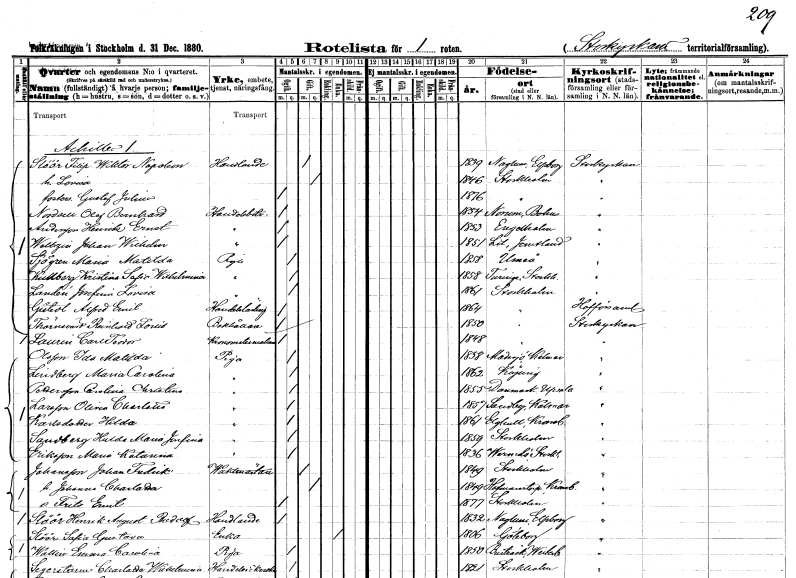
gt_parse: households: individuals: FN: Filip Wiktor Napoleon
EN: Slöör
YRKE: Handlande
KON: M
CIV: G
FODAR: 1839
FODFORS: Naglum Älvsborgs län
FN: Lovisa
KON: K
CIV: G
FODAR: 1846
FODFORS: Stockholm
FN: Gustaf Julius
KON: M
CIV: O
FODAR: 1876
FODFORS: Stockholm
FN: Olof Bernhard
EN: Nordsell
YRKE: Handelsbiträde
KON: M
CIV: O
FODAR: 1854
FODFORS: Norum Göteborgs- och Bohuslän
FN: Henrik Ernst
EN: Andersson
YRKE: Handelsbiträde
KON: M
CIV: O
FODAR: 1853
FODFORS: Ängelholm Kristianstads län
FN: Johan Wilhelm
EN: Weltzin
YRKE: Handelsbiträde
KON: M
CIV: O
FODAR: 1851
FODFORS: Lit Jämtlands län
FN: Maria Matilda
EN: Sjögren
YRKE: Piga
KON: K
CIV: O
FODAR: 1858
FODFORS: Umeå Västerbottens län
FN: Kristina Sofia Wilhelmina
EN: Kullberg
YRKE: Piga
KON: K
CIV: O
FODAR: 1858
FODFORS: Turinge Stockholms län
FN: Josefina Lovisa
EN: Landén
YRKE: Piga
KON: K
CIV: O
FODAR: 1861
FODFORS: Stockholm
FN: Alfred Emil
EN: Gistedt
YRKE: Handelslärling
KON: M
CIV: O
FODAR: 1864
FODFORS: Stockholm
FN: Reinhold Louis
EN: Thörnsvärd
YRKE: Bokhållare
KON: M
CIV: O
FODAR: 1850
FODFORS: Stockholm
FN: Carl Teodor
EN: Laurin
YRKE: Kronometermakare
KON: M
CIV: O
FODAR: 1848
FODFORS: Stockholm
FN: Ida Matilda
EN: Olsson
YRKE: Piga
KON: K
CIV: O
FODAR: 1858
FODFORS: Madesjö Kalmar län
FN: Maria Carolina
EN: Lindberg
YRKE: Piga
KON: K
CIV: O
FODAR: 1862
FODFORS: Köping Västmanlands län
FN: Carolina Christina
EN: Pettersson
YRKE: Piga
KON: K
CIV: O
FODAR: 1855
FODFORS: Danmark Uppsala län
FN: Olivia Charlotta
EN: Larsson
YRKE: Piga
KON: K
CIV: O
FODAR: 1857
FODFORS: Sandby Kalmar län
FN: Hilda
EN: Karlsdotter
YRKE: Piga
KON: K
CIV: O
FODAR: 1861
FODFORS: Älghult Kronobergs län
FN: Hulda Maria Josefina
EN: Sandberg
YRKE: Piga
KON: K
CIV: O
FODAR: 1859
FODFORS: Stockholm
FN: Maria Katarina
EN: Eriksson
YRKE: Piga
KON: K
CIV: O
FODAR: 1836
FODFORS: Värmdö Stockholms län
FN: Johan Fredrik
EN: Johansson
YRKE: Vaktmästare
KON: M
CIV: G
FODAR: 1849
FODFORS: Stockholm
FN: Johanna Charlotta
KON: K
CIV: G
FODAR: 1849
FODFORS: Hovmantorp Kronobergs län
FN: Frits Emil
KON: M
CIV: O
FODAR: 1877
FODFORS: Stockholm